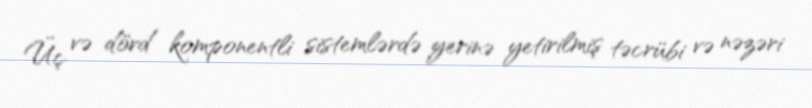
Üç və dörd komponentli sistemlərdə yerinə yetirilmiş təcrübi və nəzəri